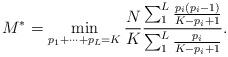
LaTeX: \begin{align*}M^*=\min_{p_1+\dots+p_L=K}\frac{N}{K}\frac{\sum_1^L{\frac{p_i(p_i-1)}{K-p_i+1}}}{\sum_1^L{\frac{p_i}{K-p_i+1}}}.\end{align*}